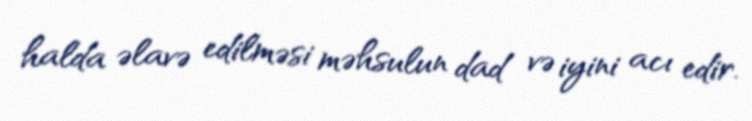
halda əlavə edilməsi məhsulun dad və iyini acı edir.